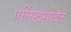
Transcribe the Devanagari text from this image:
एर्लिखसोबत